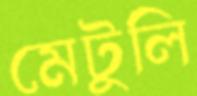
মেটুলি